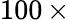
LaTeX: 100\, \times